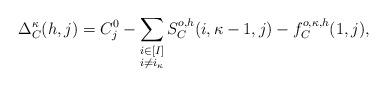
LaTeX: \begin{align*}\Delta_C^{\kappa}(h,j) = C_j^0 - \sum\limits_{\begin{subarray}~i\in[I]\\i\neq i_{\kappa}\end{subarray}}S_C^{o,h}(i,\kappa-1,j) - f^{o,\kappa,h}_C(1,j),\end{align*}